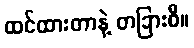
ထင်ထားတာနဲ့ တခြားစီ။